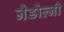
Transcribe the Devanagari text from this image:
नैडोल्नी